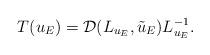
LaTeX: \begin{align*}T(u_E) = \mathcal{D}(L_{u_E}, \tilde{u}_E) L_{u_E}^{-1}.\end{align*}